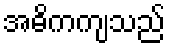
အဓိကကျသည်